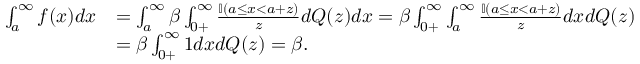
\begin{array} { r l } { \int _ { a } ^ { \infty } f ( x ) d x } & { = \int _ { a } ^ { \infty } \beta \int _ { 0 + } ^ { \infty } \frac { \mathbb { I } ( a \leq x < a + z ) } { z } d Q ( z ) d x = \beta \int _ { 0 + } ^ { \infty } \int _ { a } ^ { \infty } \frac { \mathbb { I } ( a \leq x < a + z ) } { z } d x d Q ( z ) } \\ & { = \beta \int _ { 0 + } ^ { \infty } 1 d x d Q ( z ) = \beta . } \end{array}